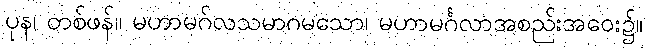
ပုန၊ တစ်ဖန်။ မဟာမဂ်လသမာဂမသော၊ မဟာမင်္ဂလာအစည်းအဝေး၌။